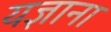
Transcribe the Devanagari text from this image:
यज्ञाना